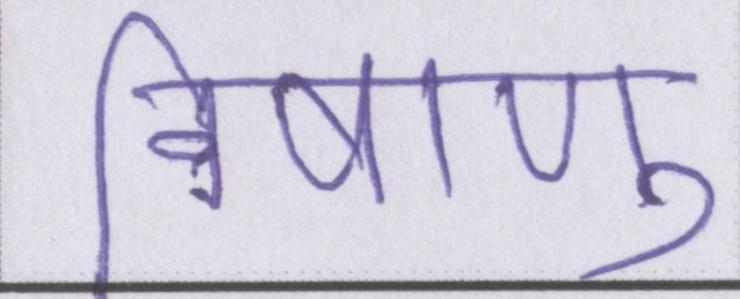
विषाणु